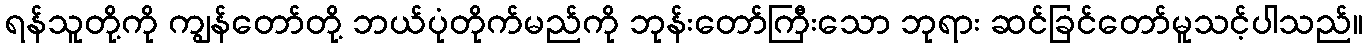
ရန်သူတို့ကို ကျွန်တော်တို့ ဘယ်ပုံတိုက်မည်ကို ဘုန်းတော်ကြီးသော ဘုရား ဆင်ခြင်တော်မူသင့်ပါသည်။